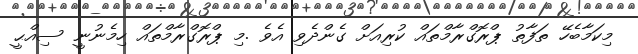
މިކަމާބެހޭ ތަފާތު ޕްރޮގްރާމްތައް ކުރިއަށް ގެންދެވި އެވެ .މި ޕްރޮގްރާމްތައް ހިމެނުނީ ސިއްޙީ